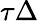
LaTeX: \tau\Delta